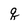
Character: q